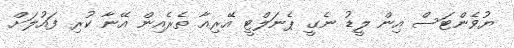
ޔުވެންޓަސް އިން ލީޑު ނެގީ ޕެނަލްޓީ އޭރިއާ ތެރެއިން އޭނާ ކުރި ފައުލަށް